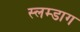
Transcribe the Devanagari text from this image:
स्लम्डाग